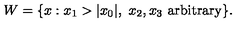
W = \{ x : x _ { 1 } > | x _ { 0 } | , \ x _ { 2 } , x _ { 3 } \ \mathrm { a r b i t r a r y } \} .